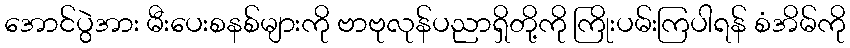
အောင်ပွဲအား မီးပေးစနစ်များကို ဗာဗုလုန်ပညာရှိတို့ကို ကြိုးပမ်းကြပါရန် စံအိမ်ကို